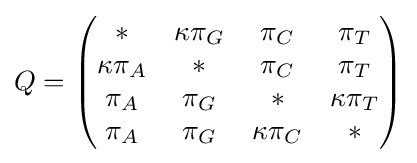
Q={\begin{pmatrix}{*}&{\kappa \pi _{G}}&{\pi _{C}}&{\pi _{T}}\\{\kappa \pi _{A}}&{*}&{\pi _{C}}&{\pi _{T}}\\{\pi _{A}}&{\pi _{G}}&{*}&{\kappa \pi _{T}}\\{\pi _{A}}&{\pi _{G}}&{\kappa \pi _{C}}&{*}\end{pmatrix}}